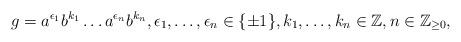
LaTeX: \begin{align*}g=a^{\epsilon_1}b^{k_1}\dots a^{\epsilon_n}b^{k_n},\epsilon_1,\dots,\epsilon_n\in\{\pm1\},k_1,\dots,k_n\in\mathbb Z,n\in\mathbb Z_{\geq0},\end{align*}